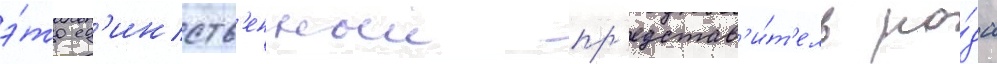
э́то ед'инств'енныи пр'едстав'и́т'ель ро́да